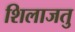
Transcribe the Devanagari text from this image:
शिलाजतु